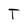
Character: T